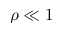
\rho \ll 1